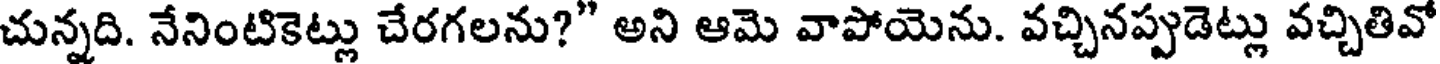
చున్నది. నేనింటికెట్లు చేరగలను?" అని ఆమె వాపోయెను. వచ్చినప్పుడెట్లు వచ్చితివో